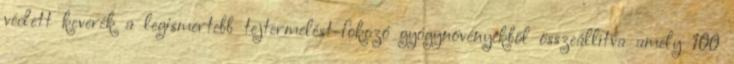
védett keverék a legismertebb tejtermelést-fokozó gyógynövényekből összeállítva amely 100